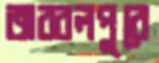
জব্বলপুরে